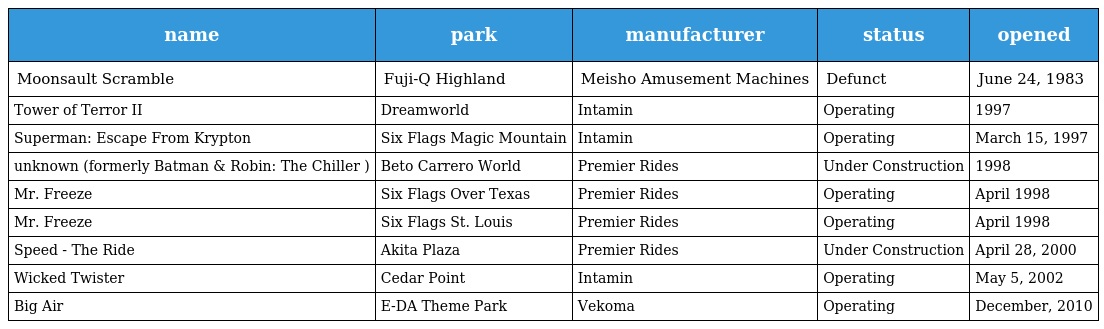
| name | park | manufacturer | status | opened |
 | --- | --- | --- | --- | --- |
 | Moonsault Scramble | Fuji-Q Highland | Meisho Amusement Machines | Defunct | June 24, 1983 |
 | Tower of Terror II | Dreamworld | Intamin | Operating | 1997 |
 | Superman: Escape From Krypton | Six Flags Magic Mountain | Intamin | Operating | March 15, 1997 |
 | unknown (formerly Batman & Robin: The Chiller ) | Beto Carrero World | Premier Rides | Under Construction | 1998 |
 | Mr. Freeze | Six Flags Over Texas | Premier Rides | Operating | April 1998 |
 | Mr. Freeze | Six Flags St. Louis | Premier Rides | Operating | April 1998 |
 | Speed - The Ride | Akita Plaza | Premier Rides | Under Construction | April 28, 2000 |
 | Wicked Twister | Cedar Point | Intamin | Operating | May 5, 2002 |
 | Big Air | E-DA Theme Park | Vekoma | Operating | December, 2010 |